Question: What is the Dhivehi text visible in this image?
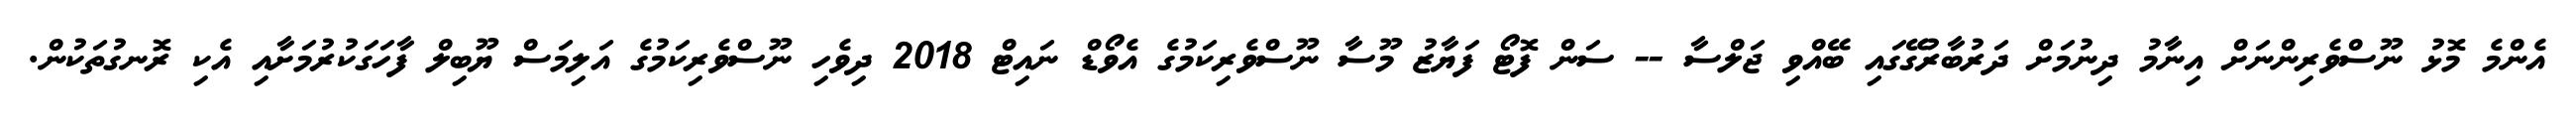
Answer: އެންމެ މޮޅު ނޫސްވެރިންނަށް އިނާމު ދިނުމަށް ދަރުބާރުގޭގައި ބޭއްވި ޖަލްސާ -- ސަން ފޮޓޯ ފަޔާޒު މޫސާ ނޫސްވެރިކަމުގެ އެވޯޑް ނައިޓް 2018 ދިވެހި ނޫސްވެރިކަމުގެ އަލިމަސް ޔޫބިލް ފާހަގަކުރުމަށާއި އެކި ރޮނގުތަކުން.